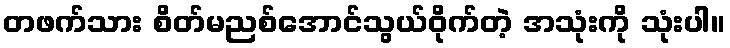
တဖက်သား စိတ်မညစ်အောင်သွယ်ဝိုက်တဲ့ အသုံးကို သုံးပါ။